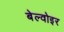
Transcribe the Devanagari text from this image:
बेल्वोइर